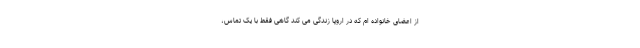
از اعضای خانواده ام که در اروپا زندگی می کند گاهی فقط با یک تماس،